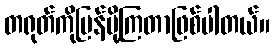
တရုတ်ကိုပြန်ပို့ကြတာဖြစ်ပါတယ်။